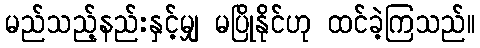
မည်သည့်နည်းနှင့်မျှ မပြိုနိုင်ဟု ထင်ခဲ့ကြသည်။